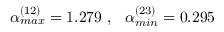
\alpha _ { m a x } ^ { ( 1 2 ) } = 1 . 2 7 9 \ , \ \ \alpha _ { m i n } ^ { ( 2 3 ) } = 0 . 2 9 5